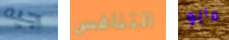
جيه التنافس مايو